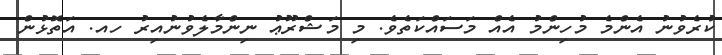
ކުރެވުނު އެންމެ މުހިންމު އެއް މަސައްކަތެވެ. މި މަޝްރޫޢު ނިންމާލެވުނުއިރު ހއ. އަތޮޅުން